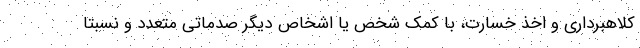
کلاهبرداری و اخذ خسارت، با کمک شخص یا اشخاص دیگر صدماتی متعدد و نسبتاً